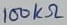
Text: 100kΩ